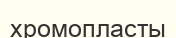
хромопласты